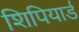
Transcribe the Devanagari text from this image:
शिपियार्ड